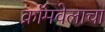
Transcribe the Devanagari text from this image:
क्रॉमवेलाचा